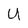
Character: U